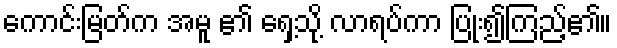
ကောင်းမြတ်က အမူ ၏ ရှေ့သို့ လာရပ်ကာ ပြုံး၍ကြည့်၏။